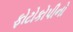
ફોટોકોપીનો